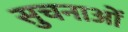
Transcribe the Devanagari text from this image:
सुचनाओं